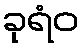
ခုရံဝ